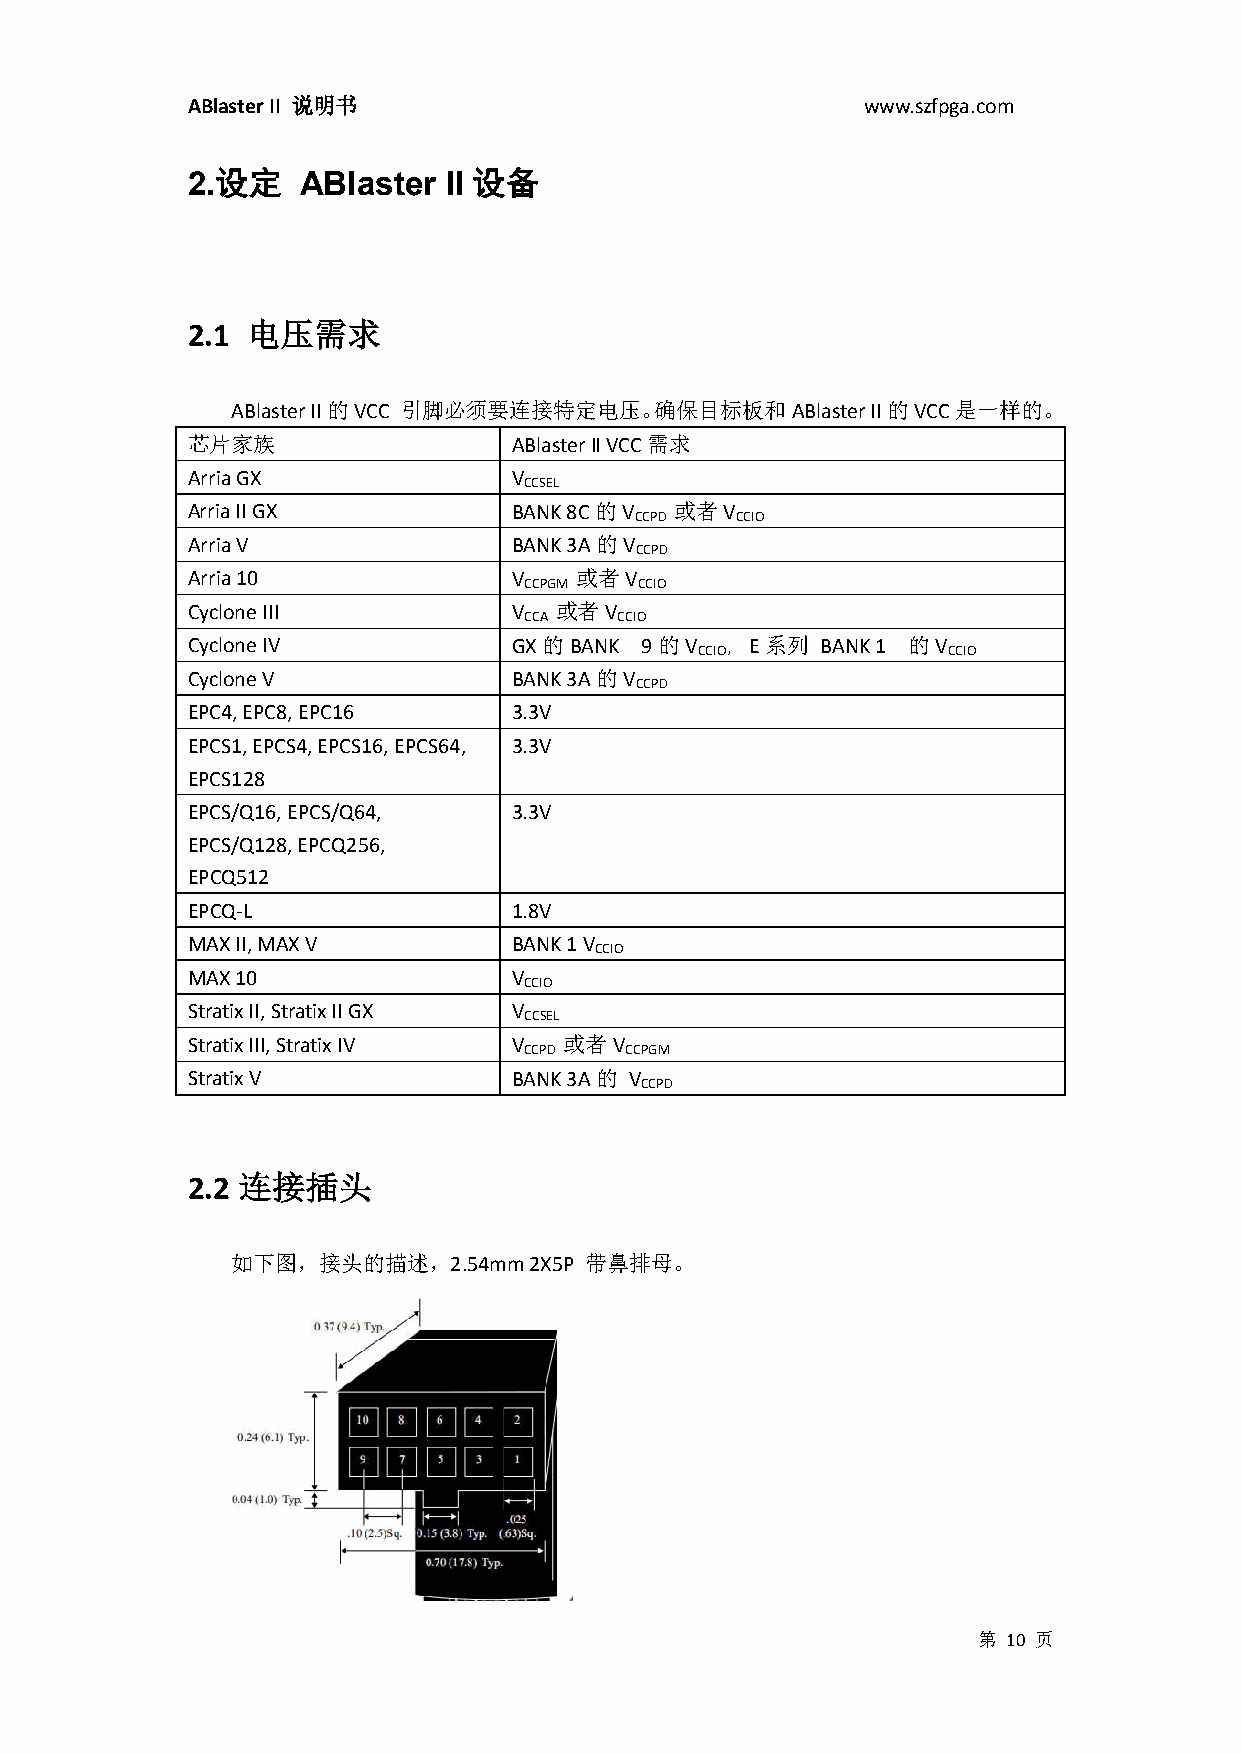
ABlaster II 说明书                              www.szfpga.com
 2.设定    ABlaster II 设备
 2.1 电压需求
 ABlaster II的VCC 引脚必须要连接特定电压。确保目标板和ABlaster II的VCC是一样的。
 芯片家族                  ABlaster II VCC需求
 Arria GX              V
 CCSEL
 Arria II GX           BANK 8C的V  或者V
 CCPD   CCIO
 Arria V               BANK 3A的V
 CCPD
 Arria 10              V   或者V
 CCPGM  CCIO
 Cyclone III           V  或者V
 CCA   CCIO
 Cyclone IV            GX的BANK 9的V     E系列 BANK 1 的V
 CCIO，            CCIO
 Cyclone V             BANK 3A的V
 CCPD
 EPC4, EPC8, EPC16     3.3V
 EPCS1, EPCS4, EPCS16, EPCS64, 3.3V
 EPCS128
 EPCS/Q16, EPCS/Q64,   3.3V
 EPCS/Q128, EPCQ256,
 EPCQ512
 EPCQ-L                1.8V
 MAX II, MAX V         BANK 1 V
 CCIO
 MAX 10                V
 CCIO
 Stratix II, Stratix II GX V
 CCSEL
 Stratix III, Stratix IV V 或者V
 CCPD  CCPGM
 Stratix V             BANK 3A的 V
 CCPD
 2.2 连接插头
 如下图，接头的描述，2.54mm    2X5P 带鼻排母。
 第 10 页